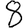
Digit: 8